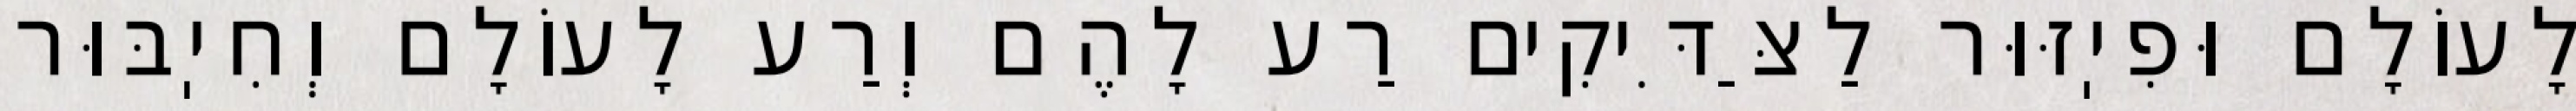
לָעוֹלָם וּפִיֽזּוּר לַצַּדִּיקִים רַע לָהֶם וְרַע לָעוֹלָם וְחִיֽבּוּר